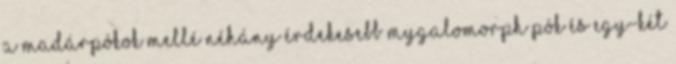
a madárpókok mellé néhány érdekesebb mygalomorph pók és egy-két